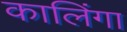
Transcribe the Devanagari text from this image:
कालिंगा